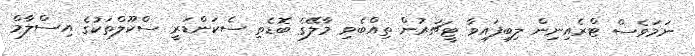
ނަމަވެސް ޓްރެއިނިން ލިބިފައިވާ ޓީޗަރުން ތިއްބެވި މާލޭގެ ބޮޑެތި ސެކަންޑަރީ ސްކޫލްތަކުގެ އިސްލާމް